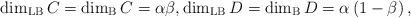
LaTeX: \begin{align*}\dim_{\rm LB}C=\dim_{\rm B}C=\alpha\beta,\dim_{\rm LB}D=\dim_{\rm B}D=\alpha\left(1-\beta\right),\end{align*}